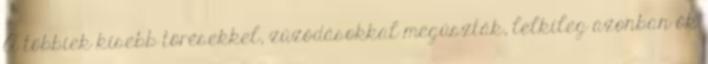
A többiek kisebb törésekkel, zúzódásokkal megúszták, lelkileg azonban ők